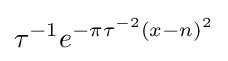
\tau ^{-1}e^{-\pi \tau ^{-2}(x-n)^{2}}